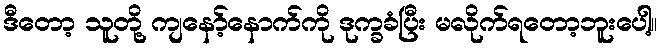
ဒီတော့ သူတို့ ကျနော့်နောက်ကို ဒုက္ခခံပြီး မလိုက်ရတော့ဘူးပေါ့။